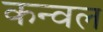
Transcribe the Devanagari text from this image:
कन्वल